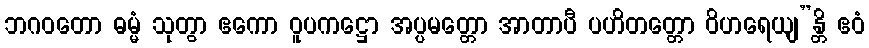
ဘဂဝတော ဓမ္မံ သုတွာ ဧကော ဝူပကဋ္ဌော အပ္ပမတ္တော အာတာပီ ပဟိတတ္တော ဝိဟရေယျ”န္တိ ဧဝံ